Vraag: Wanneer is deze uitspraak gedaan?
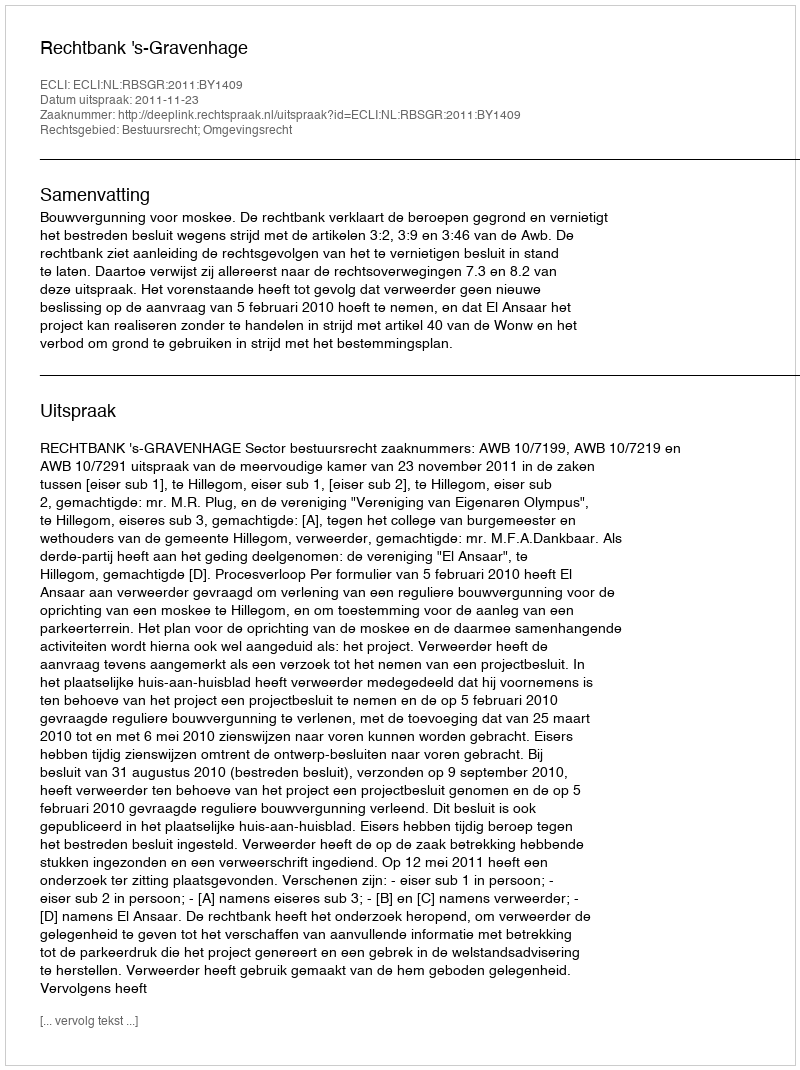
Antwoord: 2011-11-23